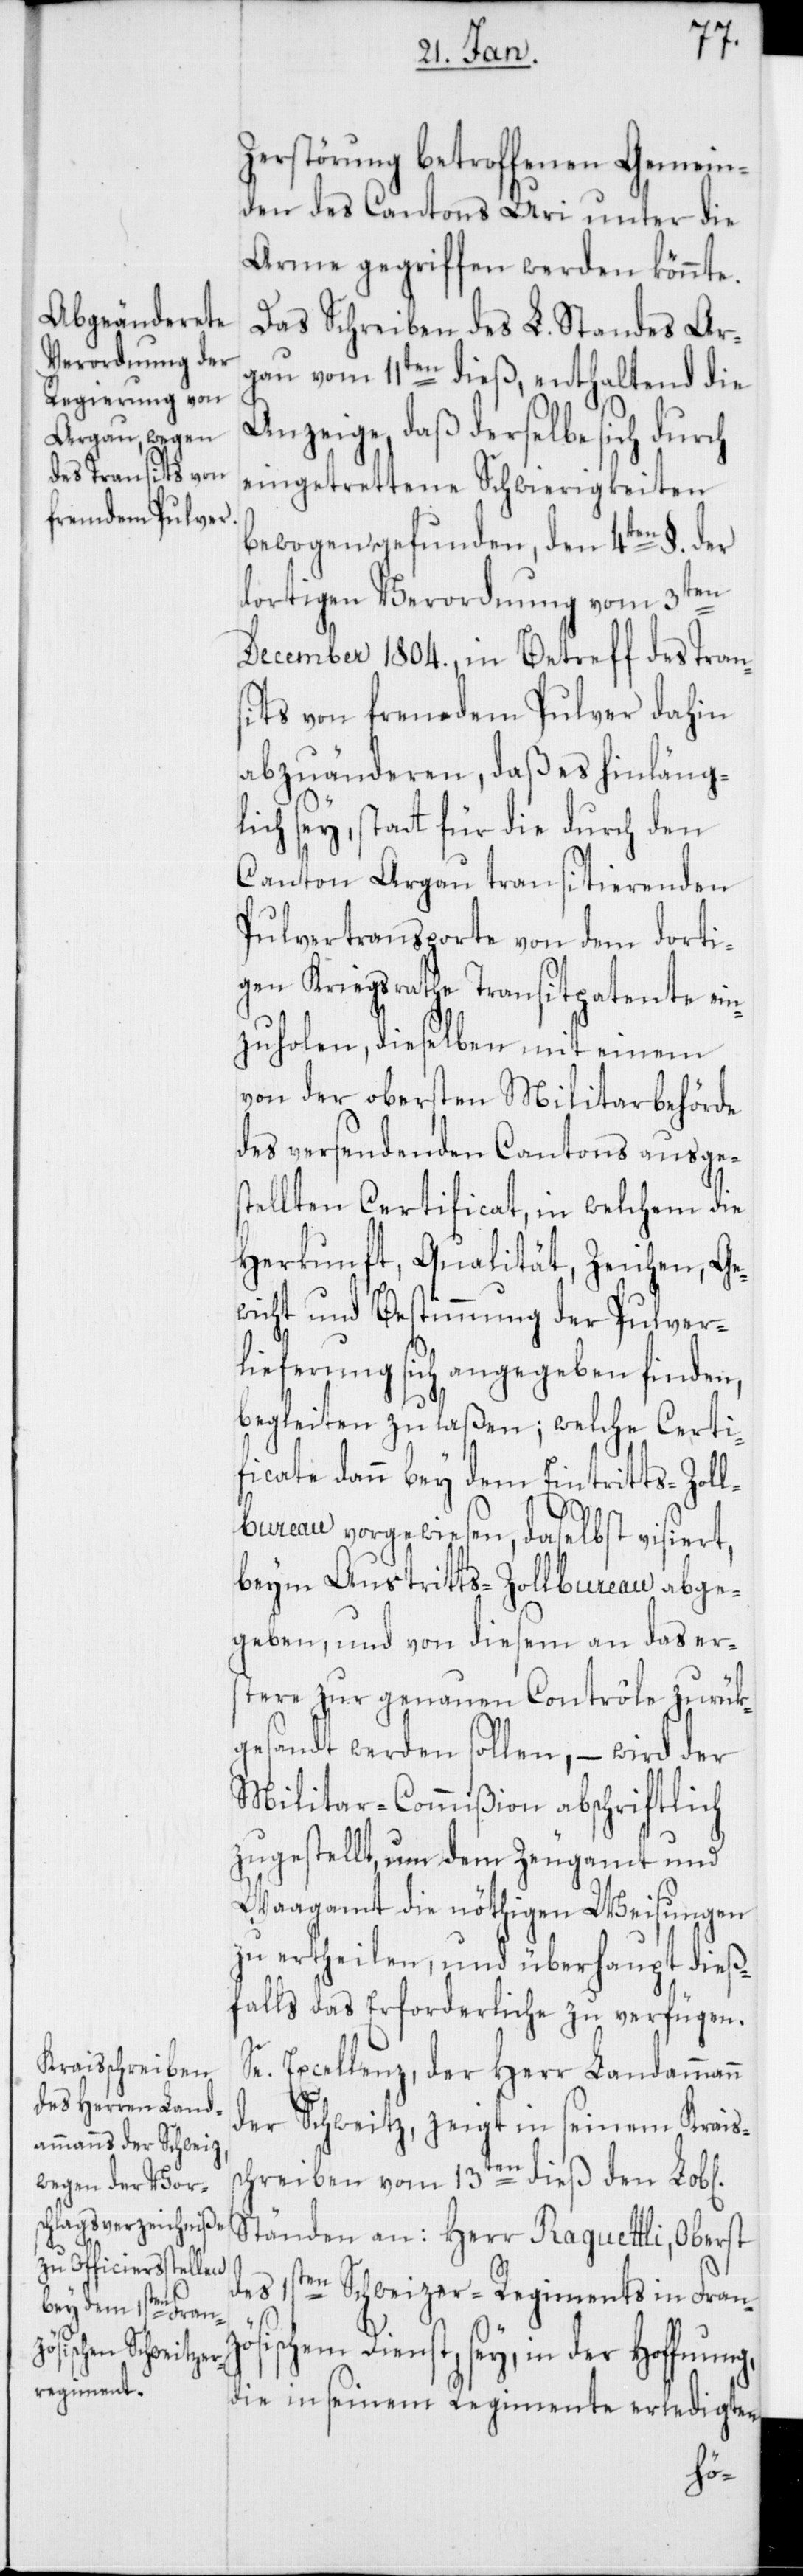
S¬

Zerstörung betroffenen Gemein¬
den des Cantons Uri unter die
Arme gegriffen werden könnte.
Das Schreiben des L. Standes Ar¬
gau vom 11ten dieß, enthaltend die
Anzeige, daß derselbe sich durch
eingetrettene Schwierigkeiten
bewogen gefunden, den 4ten §. der
dortigen Verordnung vom 3ten
December 1804., in Betreff des Tran¬
sits von fremdem Pulver dahin
abzuänderen, daß es hinläng¬
lich sey, statt für die durch den
Canton Argau transitierenden
Pulvertransporte von dem dorti¬
gen Kriegsrathe Transitpatente ei¬
nzuholen, dieselben mit einem
von der obersten Militarbehörde
des versendenden Cantons ausges¬
tellten Certificat, in welchem die
Herkunft, Qualität, Zeichen, Ge¬
wicht und Bestimmung der Pulver¬
lieferung sich angegeben finden,
begleiten zu laßen; welche Certi¬
ficate dann bey dem Eintritts-Zoll¬
bureau vorgewiesen, daselbst visiert,
beym Austritts-Zollbureau abge¬
geben, und von diesem an das ers¬
tere zu genauen Contrôle zurük¬
gesandt werden sollen, – wird der
Militar-Commißion abschriftlich
zugestellt, um dem Zeugamt und
Waagamt die nöthigen Weisungen
zu ertheilen, und überhaupt dieß¬
falls das Erforderliche zu verfügen.
e. Excellenz, der Herr Landammann
der Schweitz, zeigt in seinem Krais¬
schreiben vom 13ten dieß den Lobl.
Ständen an: Herr Raguettli, Oberst
des 1sten Schweizer-Regiments in Franz¬
ösischem Dienst, sey, in der Hoffnung,
die in seinem Regimente erledigten